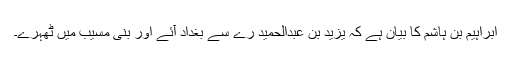
ابراہیم بن ہاشم کا بیان ہے کہ یزید بن عبدالحمید رے سے بغداد آئے اور بنی مسیب میں ٹھہرے۔